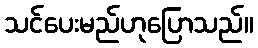
သင်ပေးမည်ဟုပြောသည်။